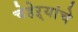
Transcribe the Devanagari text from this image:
चेहेऱ्यांचे